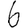
Digit: 6